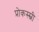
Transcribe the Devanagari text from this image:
प्रोकस्स्नी